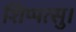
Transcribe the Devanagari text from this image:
शिप्पत्सु।